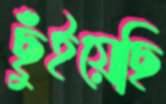
ছুঁইয়েছি